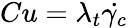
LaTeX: Cu=\lambda_{t}\dot{\gamma_{c}}